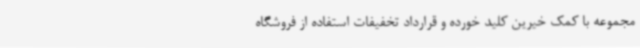
مجموعه با کمک خیرین کلید خورده و قرارداد تخفیفات استفاده از فروشگاه